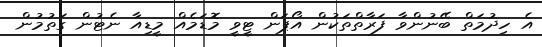
އެ ހިދުމަތް ބޭނުންވާ ފަރާތްތަކުން އޯޕަން ޓީވީ މޮޑަމެއް މީޑިއާ ނެޓުން ގަތުމުން